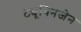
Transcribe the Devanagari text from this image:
ट्यूबिनजेन